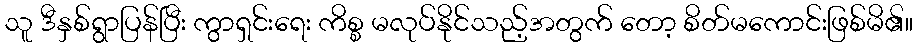
သူ ဒီနှစ်ရွာပြန်ပြီး ကွာရှင်းရေး ကိစ္စ မလုပ်နိုင်သည့်အတွက် တော့ စိတ်မကောင်းဖြစ်မိ၏။